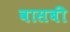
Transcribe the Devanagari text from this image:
वासबी